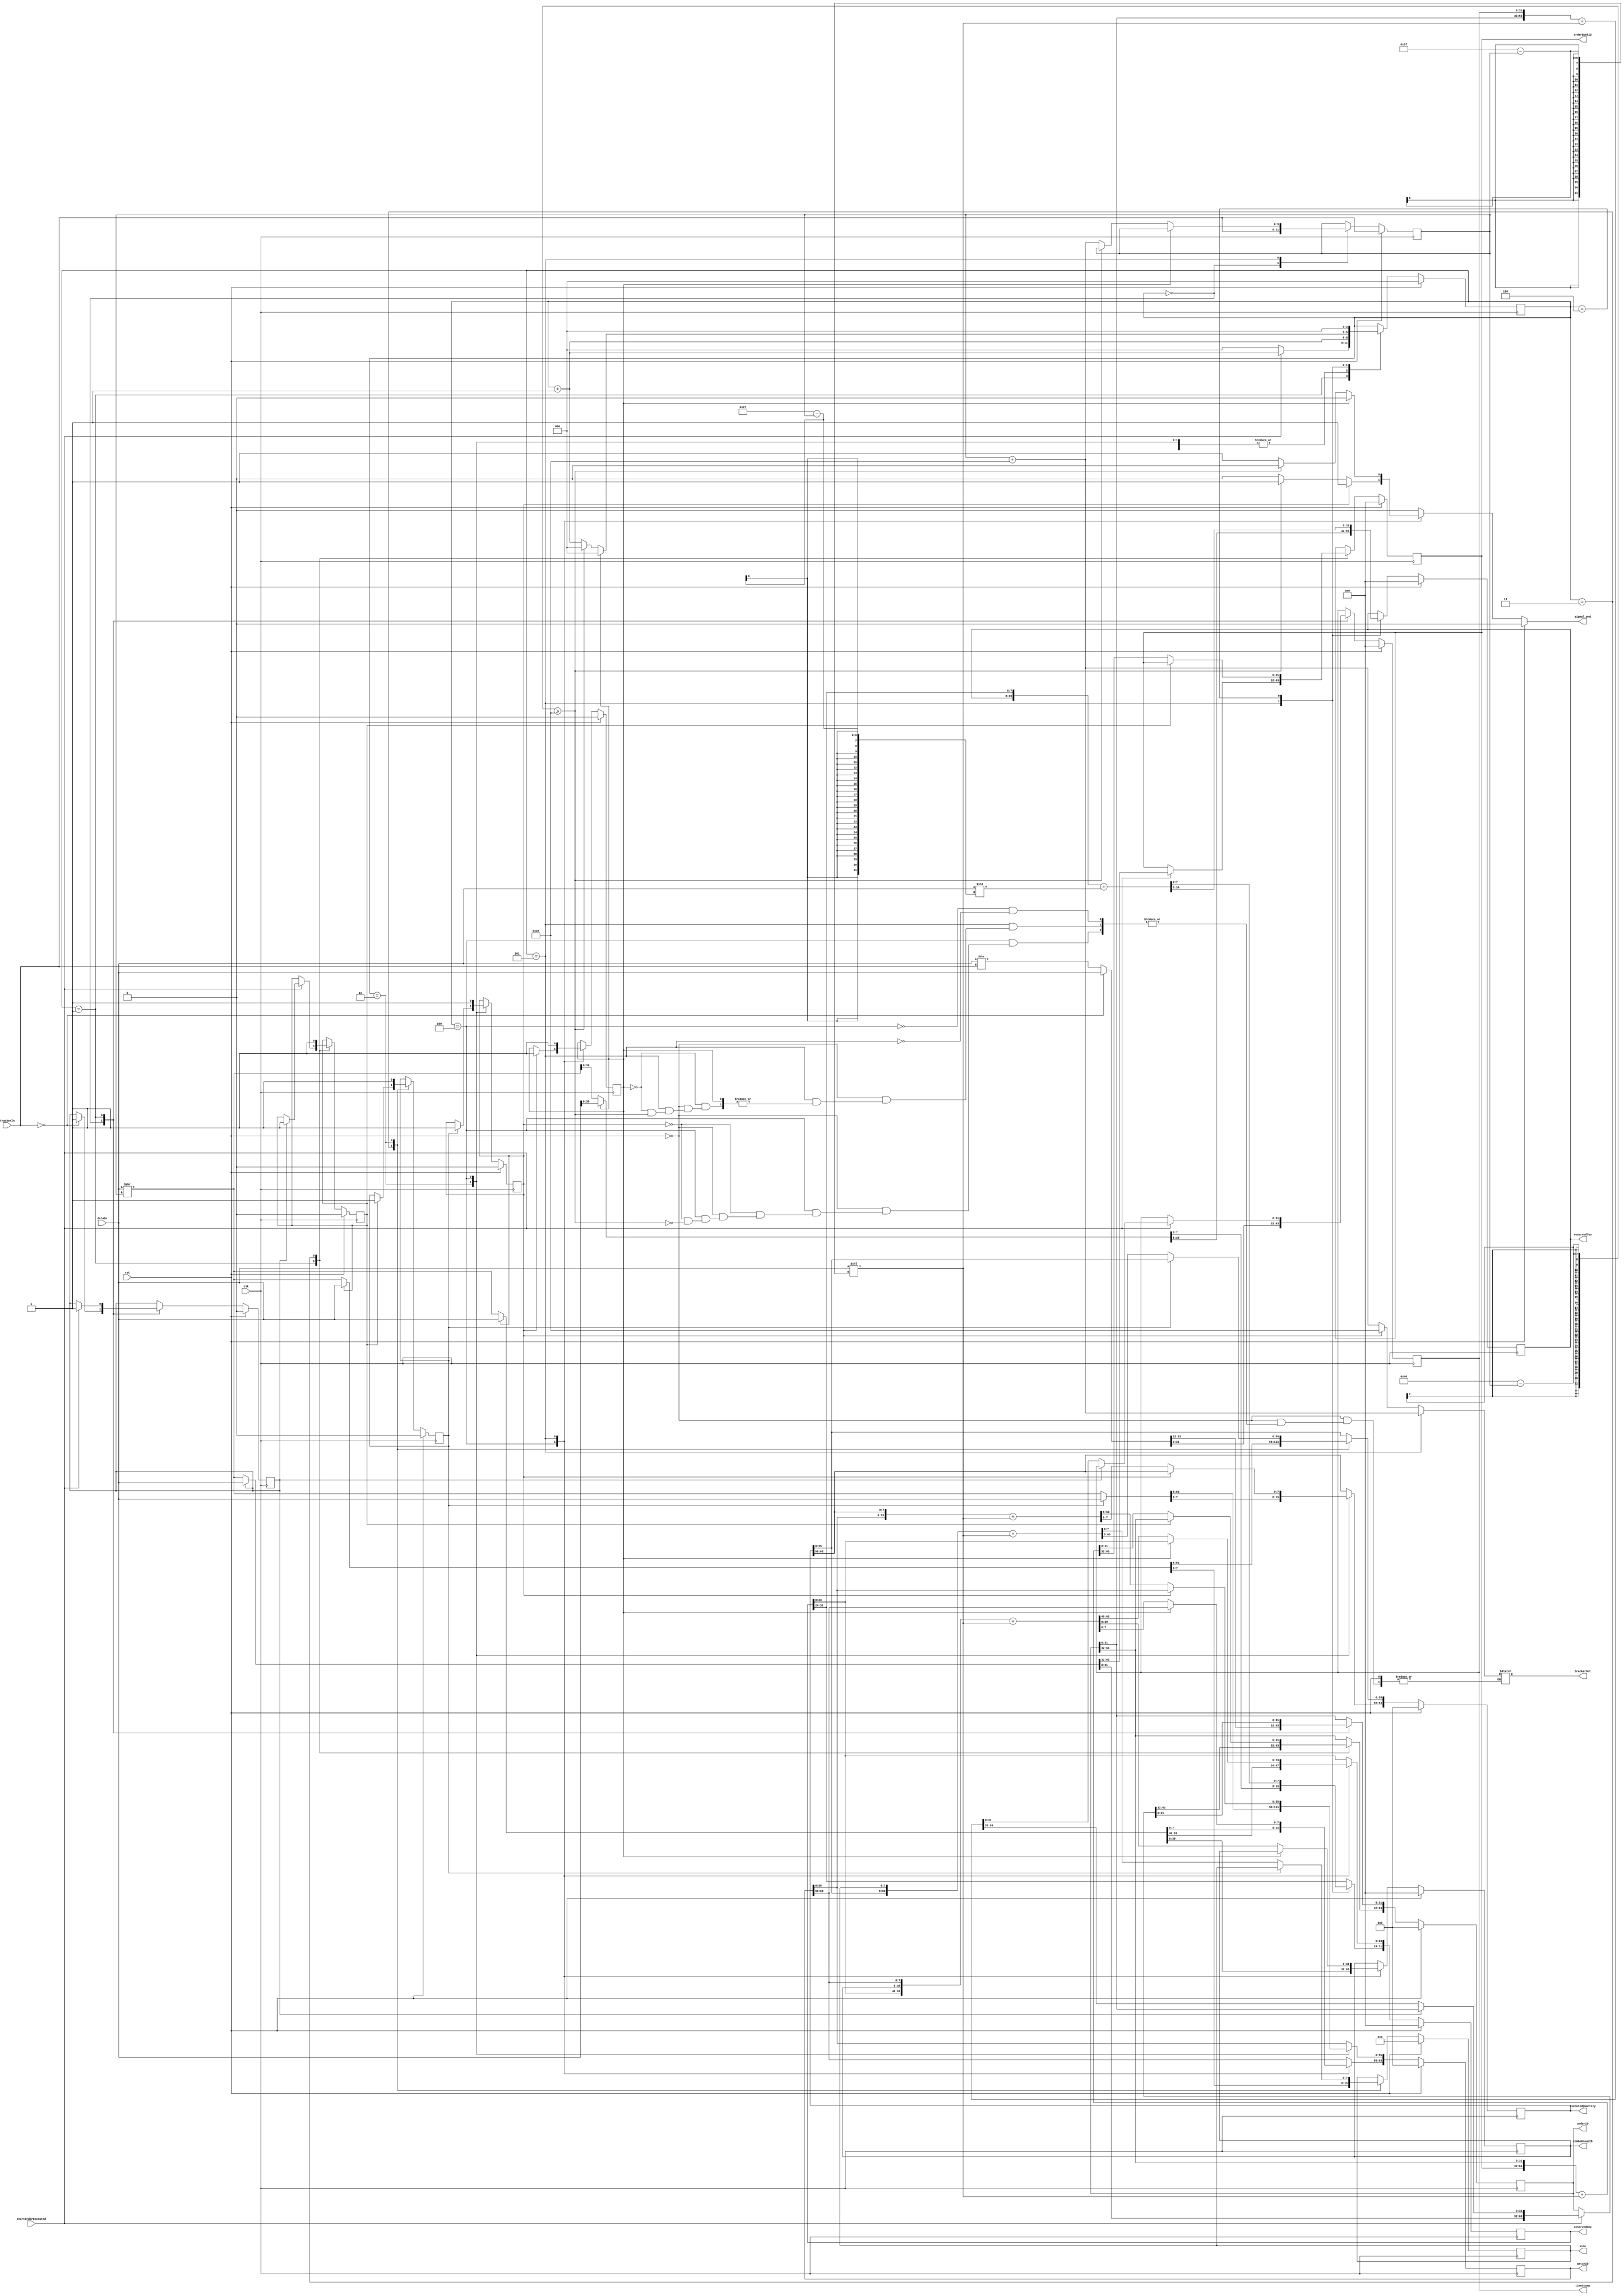
module orderExecutedParser (  // always signal to end one clock cycle before actual END. also assign trackerOut one cycle before actual END.
    input clk, rst,
    input [63:0] dataIn,
    input startOrderExecuted,
    input [5:0] trackerIn,
    output reg signal_end,
    output reg [5:0] trackerOut,
    output reg [31:0] timeStamp,
    output reg [63:0] orderID,
    output reg [31:0] orderBookID,
    output reg [7:0] side,
    output reg [63:0] executedQuantity,
    output reg [63:0] matchID,
    output reg [31:0] comboGroupID,
    output reg [31:0] reservedOne,
    output reg [31:0] reservedTwo
);
// transition registers
reg [2:0] counter, counterNext;
reg [5:0] tracker, trackerNext;
// field registers
reg [31:0] timeStampNext;
reg [63:0] orderIDNext;
reg [31:0] orderBookIDNext;
reg [7:0] sideNext;
reg [63:0] executedQuantityNext;
reg [63:0] matchIDNext;
reg [31:0] comboGroupIDNext;
reg [31:0] reservedOneNext;
reg [31:0] reservedTwoNext;
// valid registers
reg timeStampValid, timeStampValidNext;
reg orderIDValid, orderIDValidNext;
reg orderBookIDValid, orderBookIDValidNext;
reg sideValid, sideValidNext;
reg executedQuantityValid, executedQuantityValidNext;
reg matchIDValid, matchIDValidNext;
reg comboGroupIDValid, comboGroupIDValidNext;
reg reservedOneValid, reservedOneValidNext;
reg reservedTwoValid, reservedTwoValidNext;

always @(posedge clk) begin
    // transition registers
    tracker <= trackerNext;
    counter <= counterNext;
    // field registers
    timeStamp <= timeStampNext;
    orderID <= orderIDNext;
    orderBookID <= orderBookIDNext;
    side <= sideNext;
    executedQuantity <= executedQuantityNext;
    matchID <= matchIDNext;
    comboGroupID <= comboGroupIDNext;
    reservedOne <= reservedOneNext;
    reservedTwo <= reservedTwoNext;
    // valid registers
    timeStampValid <= timeStampValidNext;
    orderIDValid <= orderIDValidNext;
    orderBookIDValid <= orderBookIDValidNext;
    sideValid <= sideValidNext;
    executedQuantityValid <= executedQuantityValidNext;
    matchIDValid <= matchIDValidNext;
    comboGroupIDValid <= comboGroupIDValidNext;
    reservedOneValid <= reservedOneValidNext;
    reservedTwoValid <= reservedTwoValidNext;
end

always @* begin
    // transition registers
    trackerNext = tracker;
    counterNext = counter;
    signal_end = 0;
    // field registers
    timeStampNext = timeStamp;
    orderIDNext = orderID;
    orderBookIDNext = orderBookID;
    sideNext = side;
    executedQuantityNext = executedQuantity;
    matchIDNext = matchID;
    comboGroupIDNext = comboGroupID;
    reservedOneNext = reservedOne;
    reservedTwoNext = reservedTwo;
    // valid registers
    timeStampValidNext = timeStampValid;
    orderIDValidNext = orderIDValid;
    orderBookIDValidNext = orderBookIDValid;
    sideValidNext = sideValid;
    executedQuantityValidNext = executedQuantityValid;
    matchIDValidNext = matchIDValid;
    comboGroupIDValidNext = comboGroupIDValid;
    reservedOneValidNext = reservedOneValid;
    reservedTwoValidNext = reservedTwoValid;
    if (rst) begin
        // transition registers
        counterNext = 0;
        trackerNext = trackerIn;
        signal_end = 0;
        // field registers
        timeStampNext = 32'h0;
        orderIDNext = 64'h0;
        orderBookIDNext = 32'h0;
        sideNext = 8'h0;
        executedQuantityNext = 64'h0;
        matchIDNext = 64'h0;
        comboGroupIDNext = 32'h0;
        reservedOneNext = 32'h0;
        reservedTwoNext = 32'h0;
        // valid registers
        timeStampValidNext = 0;
        orderIDValidNext = 0;
        orderBookIDValidNext = 0;
        sideValidNext = 0;
        executedQuantityValidNext = 0;
        matchIDValidNext = 0;
        comboGroupIDValidNext = 0;
        reservedOneValidNext = 0;
        reservedTwoValidNext = 0;
    end else begin
        case (counter)
            0:begin
                if (trackerIn == 0) begin
                    {orderIDNext[31:0], timeStampNext} = dataIn;
                    timeStampValidNext = 1;
                    trackerNext = trackerIn;
                end
                else begin
                    {orderIDNext[31:0], timeStampNext} = dataIn >> trackerIn;
                    trackerNext = trackerIn;
                end
                counterNext = counter + 1;
            end
            1: begin
                if(startOrderExecuted) begin
                    if (timeStampValid) begin
                        {orderBookIDNext, orderIDNext[63:32]} = dataIn;
                        orderIDValidNext = 1;
                        orderBookIDValidNext = 1;
                    end
                    else begin
                        {orderIDNext[31:0], timeStampNext} = {orderID[31:0], timeStamp} + (dataIn << (64-1-tracker));
                        timeStampValidNext = 1;
                        {orderBookIDNext, orderIDNext[63:32]} = dataIn >> tracker;
                    end
                    counterNext = counter + 1;
                end
                else begin
                    counterNext = 0;
                end
            end
            2: begin
                if(orderBookIDValid) begin
                    {executedQuantityNext[55:0], sideNext} = dataIn;
                    sideValidNext = 1;
                end
                else begin
                    {orderBookIDNext, orderIDNext[63:32]} = {orderBookID, orderID[63:32]} + (dataIn << (64-1-tracker));
                    orderIDValidNext = 1;
                    orderBookIDValidNext = 1;
                    {executedQuantityNext[55:0], sideNext} = dataIn >> tracker;
                end
                counterNext = counter + 1;
            end
            3: begin
                if (sideValid) begin
                    {matchIDNext[55:0], executedQuantityNext[63:56]} = dataIn;
                    executedQuantityValidNext = 1;
                end
                else begin
                    {executedQuantityNext[55:0], sideNext} = {executedQuantity[55:0], side} + (dataIn << (64-1-tracker));
                    sideValidNext = 1;
                    {matchIDNext[55:0], executedQuantityNext[63:56]} = dataIn >> tracker;
                end
                counterNext = counter + 1;
            end
            4: begin
                if(executedQuantityValid) begin
                    {reservedOneNext[23:0], comboGroupIDNext, matchIDNext[63:56]} = dataIn;
                    matchIDValidNext = 1;
                    comboGroupIDValidNext = 1;
                    //SIGNAL TO END.
                    trackerOut = 40;
                    signal_end = 1;
                end
                else begin
                    {matchIDNext[55:0], executedQuantityNext[63:56]} = {matchID[55:0], executedQuantity[63:56]} + (dataIn << (64-1-tracker));
                    executedQuantityValidNext = 1;
                    {reservedOneNext[23:0], comboGroupIDNext, matchIDNext[63:56]} = dataIn >> tracker;
                    if (64 - tracker >= 40) begin
                        //SIGNAL TO END.
                        trackerOut = tracker + 40;
                        signal_end = 1;
                    end
                end
                counterNext = counter + 1;
            end
            5: begin
                if (comboGroupIDValid) begin
                    {reservedTwoNext, reservedOneNext[31:24]} = dataIn;
                    reservedOneValidNext = 1;
                    reservedTwoValidNext = 1;
                    counterNext = 0; //GO TO INITIAL STATE.
                end
                else begin
                    {reservedOneNext[23:0], comboGroupIDNext, matchIDNext[63:56]} = {reservedOne[23:0], comboGroupID, matchID[63:56]} + (dataIn << (64-1-tracker));
                    matchIDValidNext = 1;
                    comboGroupIDValidNext = 1;
                    {reservedTwoNext, reservedOneNext[31:24]} = dataIn >> tracker;
                    if (64 - tracker >= 40) begin
                        reservedOneValidNext = 1;
                        reservedTwoValidNext = 1;
                        counterNext = 0; //GO TO INITIAL STATE.
                    end
                    else begin
                        trackerNext = tracker + 40;
                        counterNext = counter + 1;
                        //SIGNAL TO END.
                        signal_end = 1;
                        trackerOut = tracker + 40;
                    end
                end
            end
            6: begin
                {reservedTwoNext, reservedOneNext[31:24]} = {reservedTwoNext, reservedOneNext[31:24]} + (dataIn << (40-1-tracker));
                reservedOneValidNext = 1;
                reservedTwoValidNext = 1;
                counterNext = 0; //GO TO INITIAL STATE.
            end
        endcase
    end
end

endmodule